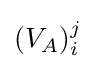
(V_{A})_{i}^{j}